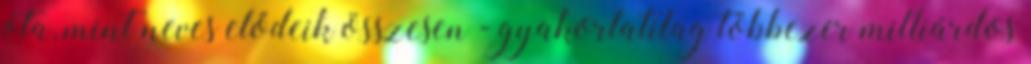
óta, mint neves elődeik összesen - gyakorlatilag többezer milliárdos